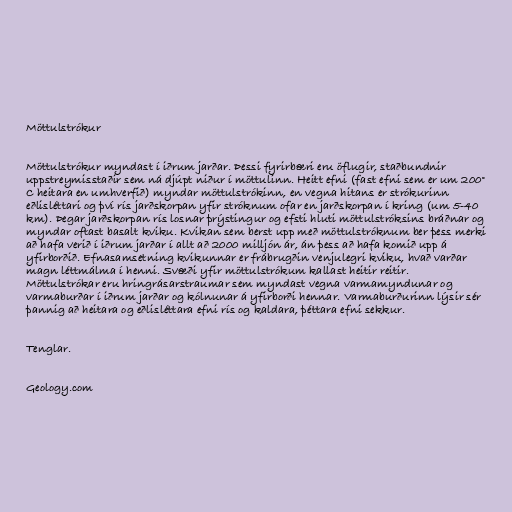
Möttulstrókur

Möttulstrókur myndast í iðrum jarðar. Þessi fyrirbæri eru öflugir, staðbundnir
uppstreymisstaðir sem ná djúpt niður í möttulinn. Heitt efni (fast efni sem er um 200°
C heitara en umhverfið) myndar möttulstrókinn, en vegna hitans er strókurinn
eðlisléttari og því rís jarðskorpan yfir stróknum ofar en jarðskorpan í kring (um 5-40
km). Þegar jarðskorpan rís losnar þrýstingur og efsti hluti möttulstróksins bráðnar og
myndar oftast basalt kviku. Kvikan sem berst upp með möttulstróknum ber þess merki
að hafa verið í iðrum jarðar í allt að 2000 milljón ár, án þess að hafa komið upp á
yfirborðið. Efnasamsetning kvikunnar er frábrugðin venjulegri kviku, hvað varðar
magn léttmálma í henni. Svæði yfir möttulstrókum kallast heitir reitir.
Möttulstrókar eru hringrásarstraumar sem myndast vegna varmamyndunar og
varmaburðar í iðrum jarðar og kólnunar á yfirborði hennar. Varmaburðurinn lýsir sér
þannig að heitara og eðlisléttara efni rís og kaldara, þéttara efni sekkur.

Tenglar.

Geology.com